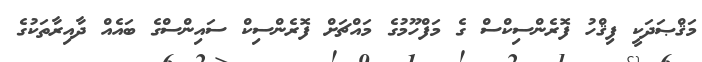
މަޤްޞަދަކީ ފިޤްހު ފޮރެންސިކްސް ގެ މަފްހޫމުގެ މައްޗަށް ފޮރެންސިކް ސައިންސްގެ ބައެއް ދާއިރާތަކުގެ